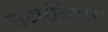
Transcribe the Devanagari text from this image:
स्टोरीटेलर्स